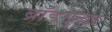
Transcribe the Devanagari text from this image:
ब्रॉडसुद्धा